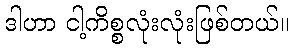
ဒါဟာ ငါ့ကိစ္စလုံးလုံးဖြစ်တယ်။